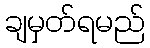
ချမှတ်ရမည်